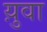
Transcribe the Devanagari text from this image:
य़ुवा